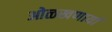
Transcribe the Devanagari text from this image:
ओळखणार्या